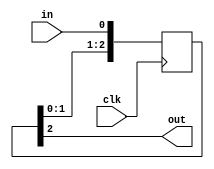
// sync.v
//
// async input synchronizer
//

`default_nettype none

module sync #(
  parameter N = 3                       // number of DFF stages
) (
  input            clk,                 // local clock
  input            in,                  // async input signal
  output           out                  // sync output signal
);

  reg [N-1:0] sync;
  always @(posedge clk)
    sync <= { sync[N-2:0], in };

  assign out = sync[N-1];

endmodule